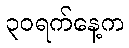
၃၀ရက်နေ့က